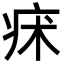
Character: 㾁